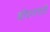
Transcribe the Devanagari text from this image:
बौधायनादि